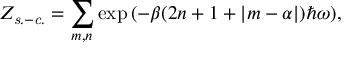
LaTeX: Z _ { \it s . - c . } = \sum _ { m , n } \exp { ( - \beta ( 2 n + 1 + | m - \alpha | ) \hbar \omega ) } ,